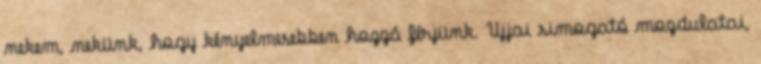
nekem, nekünk, hogy kényelmesebben hozzá férjünk. Ujjai simogató mozdulatai,